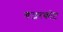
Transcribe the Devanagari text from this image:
गजरकोट